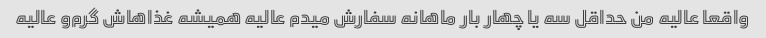
واقعا عالیه من حداقل سه یا چهار بار ماهانه سفارش میدم عالیه همیشه غذاهاش گرم‌و عالیه